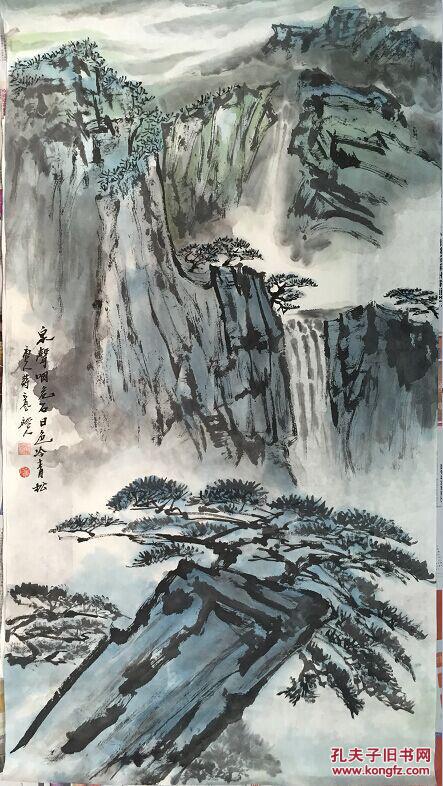
泉声咽危石，日色冷青松。